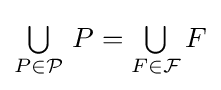
\textstyle \bigcup \limits _{P\in {\mathcal {P}}}\,P=\textstyle \bigcup \limits _{F\in {\mathcal {F}}}F